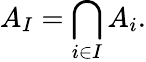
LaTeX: A_{I}=\bigcap_{i\in I}A_{i}.